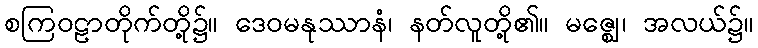
စကြဝဠာတိုက်တို့၌။ ဒေဝမနုဿာနံ၊ နတ်လူတို့၏။ မဇ္ဈေ၊ အလယ်၌။